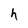
Character: f